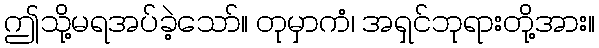
ဤသို့မရအပ်ခဲ့သော်။ တုမှာကံ၊ အရှင်ဘုရားတို့အား။